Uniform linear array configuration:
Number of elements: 12
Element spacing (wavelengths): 0.25
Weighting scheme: binomial
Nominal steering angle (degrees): -60
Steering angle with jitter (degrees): -61.035
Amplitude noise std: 0.05
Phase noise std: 0.05

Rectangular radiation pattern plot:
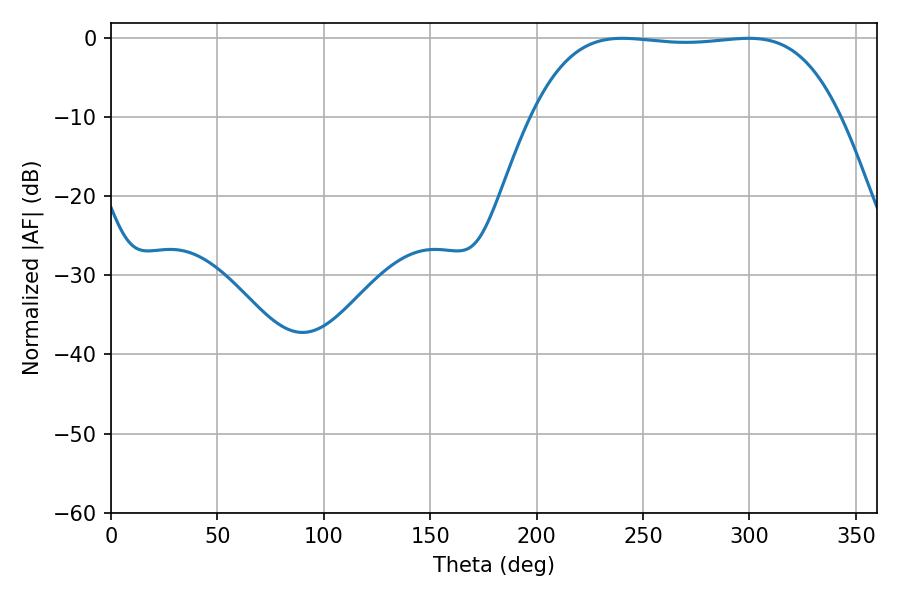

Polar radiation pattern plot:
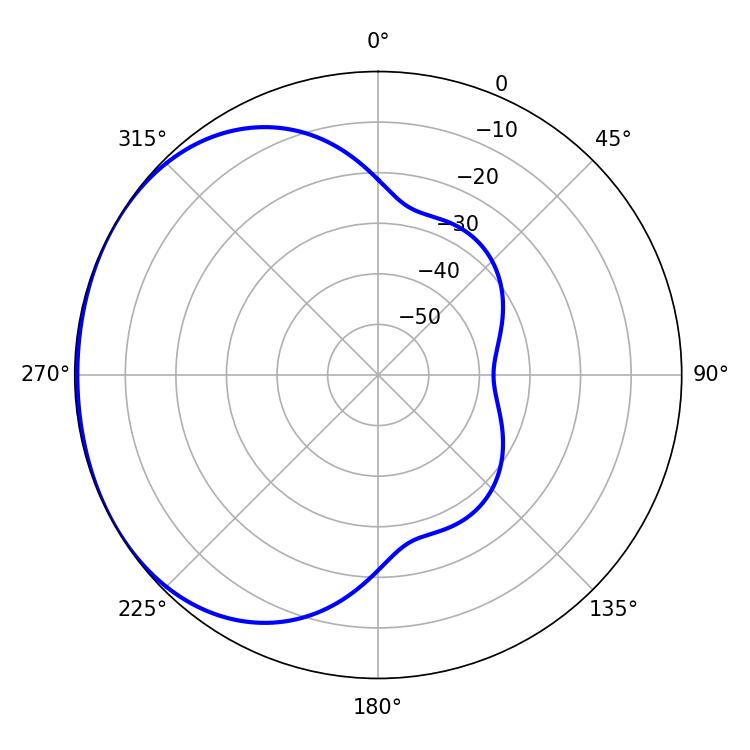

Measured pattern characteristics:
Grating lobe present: FALSE
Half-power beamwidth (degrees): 113.04
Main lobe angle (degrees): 240.3